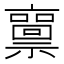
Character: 𥜘